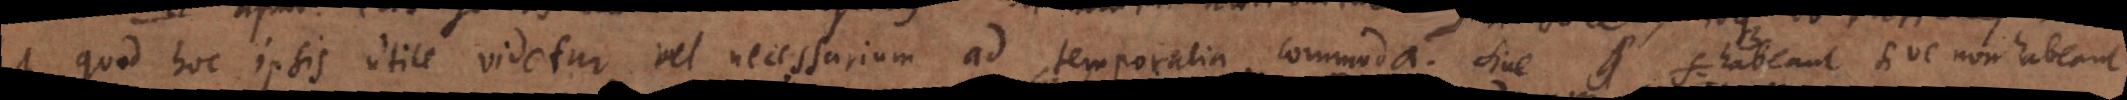
ut quod hoc ipsis utile videtur vel necessarium ad temporalia commoda. Sive habeant sive non habeant